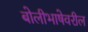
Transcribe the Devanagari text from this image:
बोलीभाषेवरील